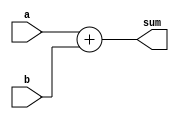
module add_4bit (
  input wire [3:0] a,
  input wire [3:0] b,
  output reg [3:0] sum
);

  function [3:0] add_4bit_function;
    input [3:0] a, b;
    add_4bit_function = a + b;
  endfunction

  always @* begin
    sum = add_4bit_function(a, b);
  end

endmodule